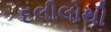
દલીલોથી